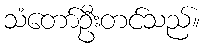
သံတော်ဦးတင်သည်။